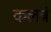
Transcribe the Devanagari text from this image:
कलत्रं